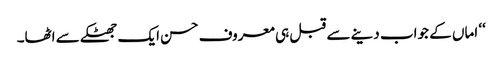
‘‘ اماں کے جواب دینے سے قبل ہی معروف حسن ایک جھٹکے سے اٹھا۔